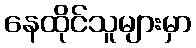
နေထိုင်သူများမှာ